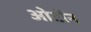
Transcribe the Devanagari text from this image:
ओर्टोन